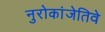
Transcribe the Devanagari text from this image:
नुरोकांजेतिवे